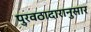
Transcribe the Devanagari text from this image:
पुरवठादारानुसार